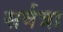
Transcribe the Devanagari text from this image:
सर्वत्रा